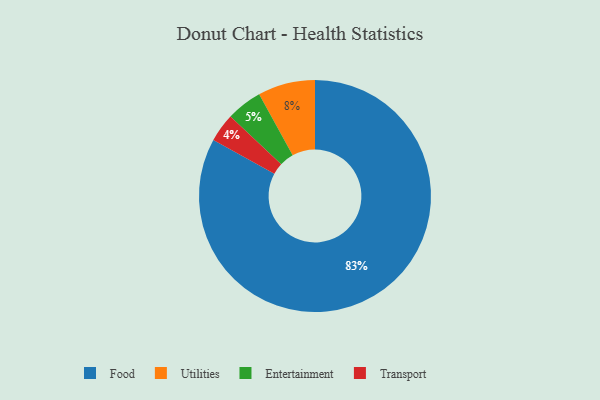
{"axis": {"x": "Category", "y": "Percentage"}, "legend": ["Entertainment", "Food", "Transport", "Utilities"], "data": [{"x": "Transport", "y": 4, "type": "Transport"}, {"x": "Entertainment", "y": 5, "type": "Entertainment"}, {"x": "Utilities", "y": 8, "type": "Utilities"}, {"x": "Food", "y": 83, "type": "Food"}]}